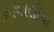
ઝરવાલીયા